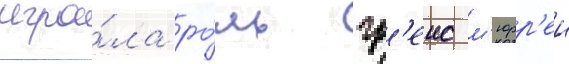
игра́ла ро́ль гр'еис м'юрр'еи